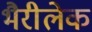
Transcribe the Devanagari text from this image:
भैरीलेक